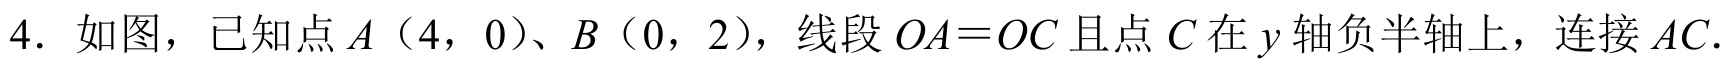
4. 如图，已知点\(A(4,0)\)、\(B(0,2)\)，线段\(OA = OC\)且点\(C\)在\(y\)轴负半轴上，连接\(AC\).